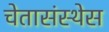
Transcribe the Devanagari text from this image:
चेतासंस्थेस